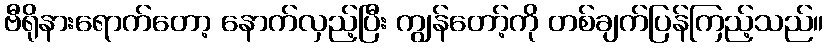
ဗီရိုနားရောက်တော့ နောက်လှည့်ပြီး ကျွန်တော့်ကို တစ်ချက်ပြန်ကြည့်သည်။